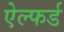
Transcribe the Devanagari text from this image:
ऐल्फर्ड